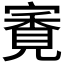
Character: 𡪳